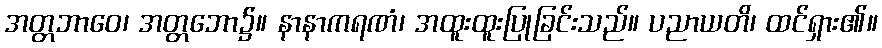
အတ္တဘာဝေ၊ အတ္တဘော၌။ နာနာကရဏံ၊ အထူးထူးပြုခြင်းသည်။ ပညာယတိ၊ ထင်ရှား၏။